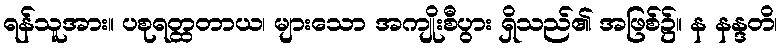
ရန်သူအား။ ပစုရတ္ထတာယ၊ များသော အကျိုးစီပွား ရှိသည်၏ အဖြစ်၌။ န နန္ဒတိ၊